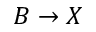
B \rightarrow X